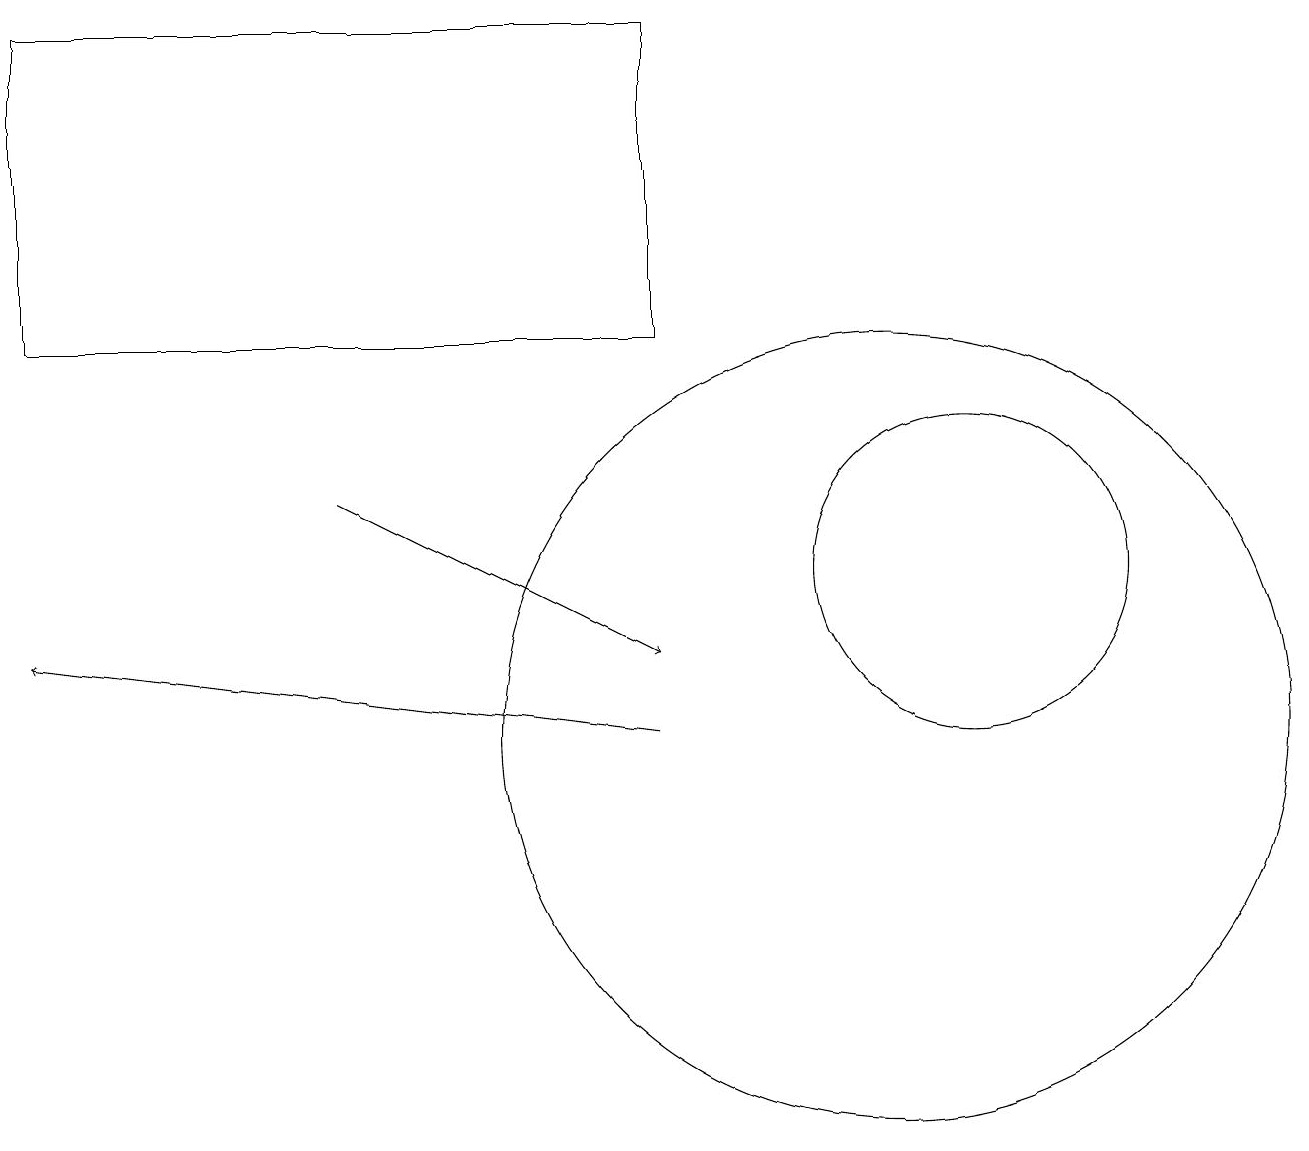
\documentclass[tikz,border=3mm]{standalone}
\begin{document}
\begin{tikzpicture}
\draw (0,15) rectangle (8,19);
\draw[->] (8,10) -- (0,11);
\draw (12,12) circle (2);
\draw[->] (4,13) -- (8,11);
\draw (11,10) circle (5);
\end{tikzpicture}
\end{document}